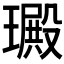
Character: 𤩴